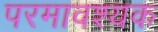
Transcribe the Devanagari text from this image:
परमावश्‍यक